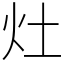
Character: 灶